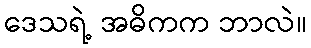
ဒေသရဲ့ အဓိကက ဘာလဲ။